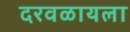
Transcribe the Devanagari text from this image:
दरवळायला